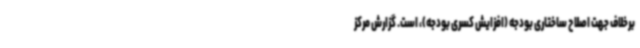
برخلاف جهت اصلاح ساختاری بودجه (افزایش کسری بودجه)، است. گزارش مرکز